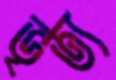
ভৃত্য